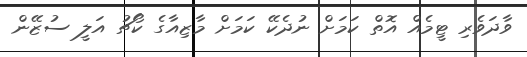
ވާދަވެރި ޓީމެއް އޮތް ކަމަށް ނުދެކޭ ކަމަށް މާޒިއާގެ ކޯޗު އަލީ ސުޒޭން